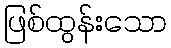
ဖြစ်ထွန်းသော